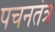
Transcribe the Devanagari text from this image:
पचनतंत्र